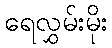
ရေလွှမ်းမိုး